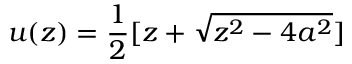
u ( z ) = { \frac { 1 } { 2 } } [ z + \sqrt { z ^ { 2 } - 4 a ^ { 2 } } ]